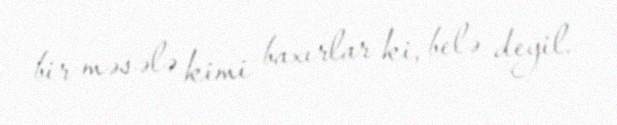
bir məsələ kimi baxırlar ki, belə deyil.